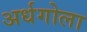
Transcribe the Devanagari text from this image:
अर्धगोला